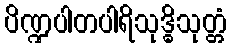
ပိဏ္ဍပါတပါရိသုဒ္ဓိသုတ္တံ